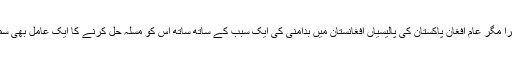
اچھا ہے یا برا مگر عام افغان پاکستان کی پالیسیاں افغانستان میں بدامنی کی ایک سبب کے ساتھ ساتھ اس کو مسلہ حل کرنے کا ایک عامل بھی سمجھتے ہیں ۔